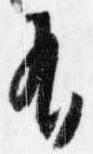
有